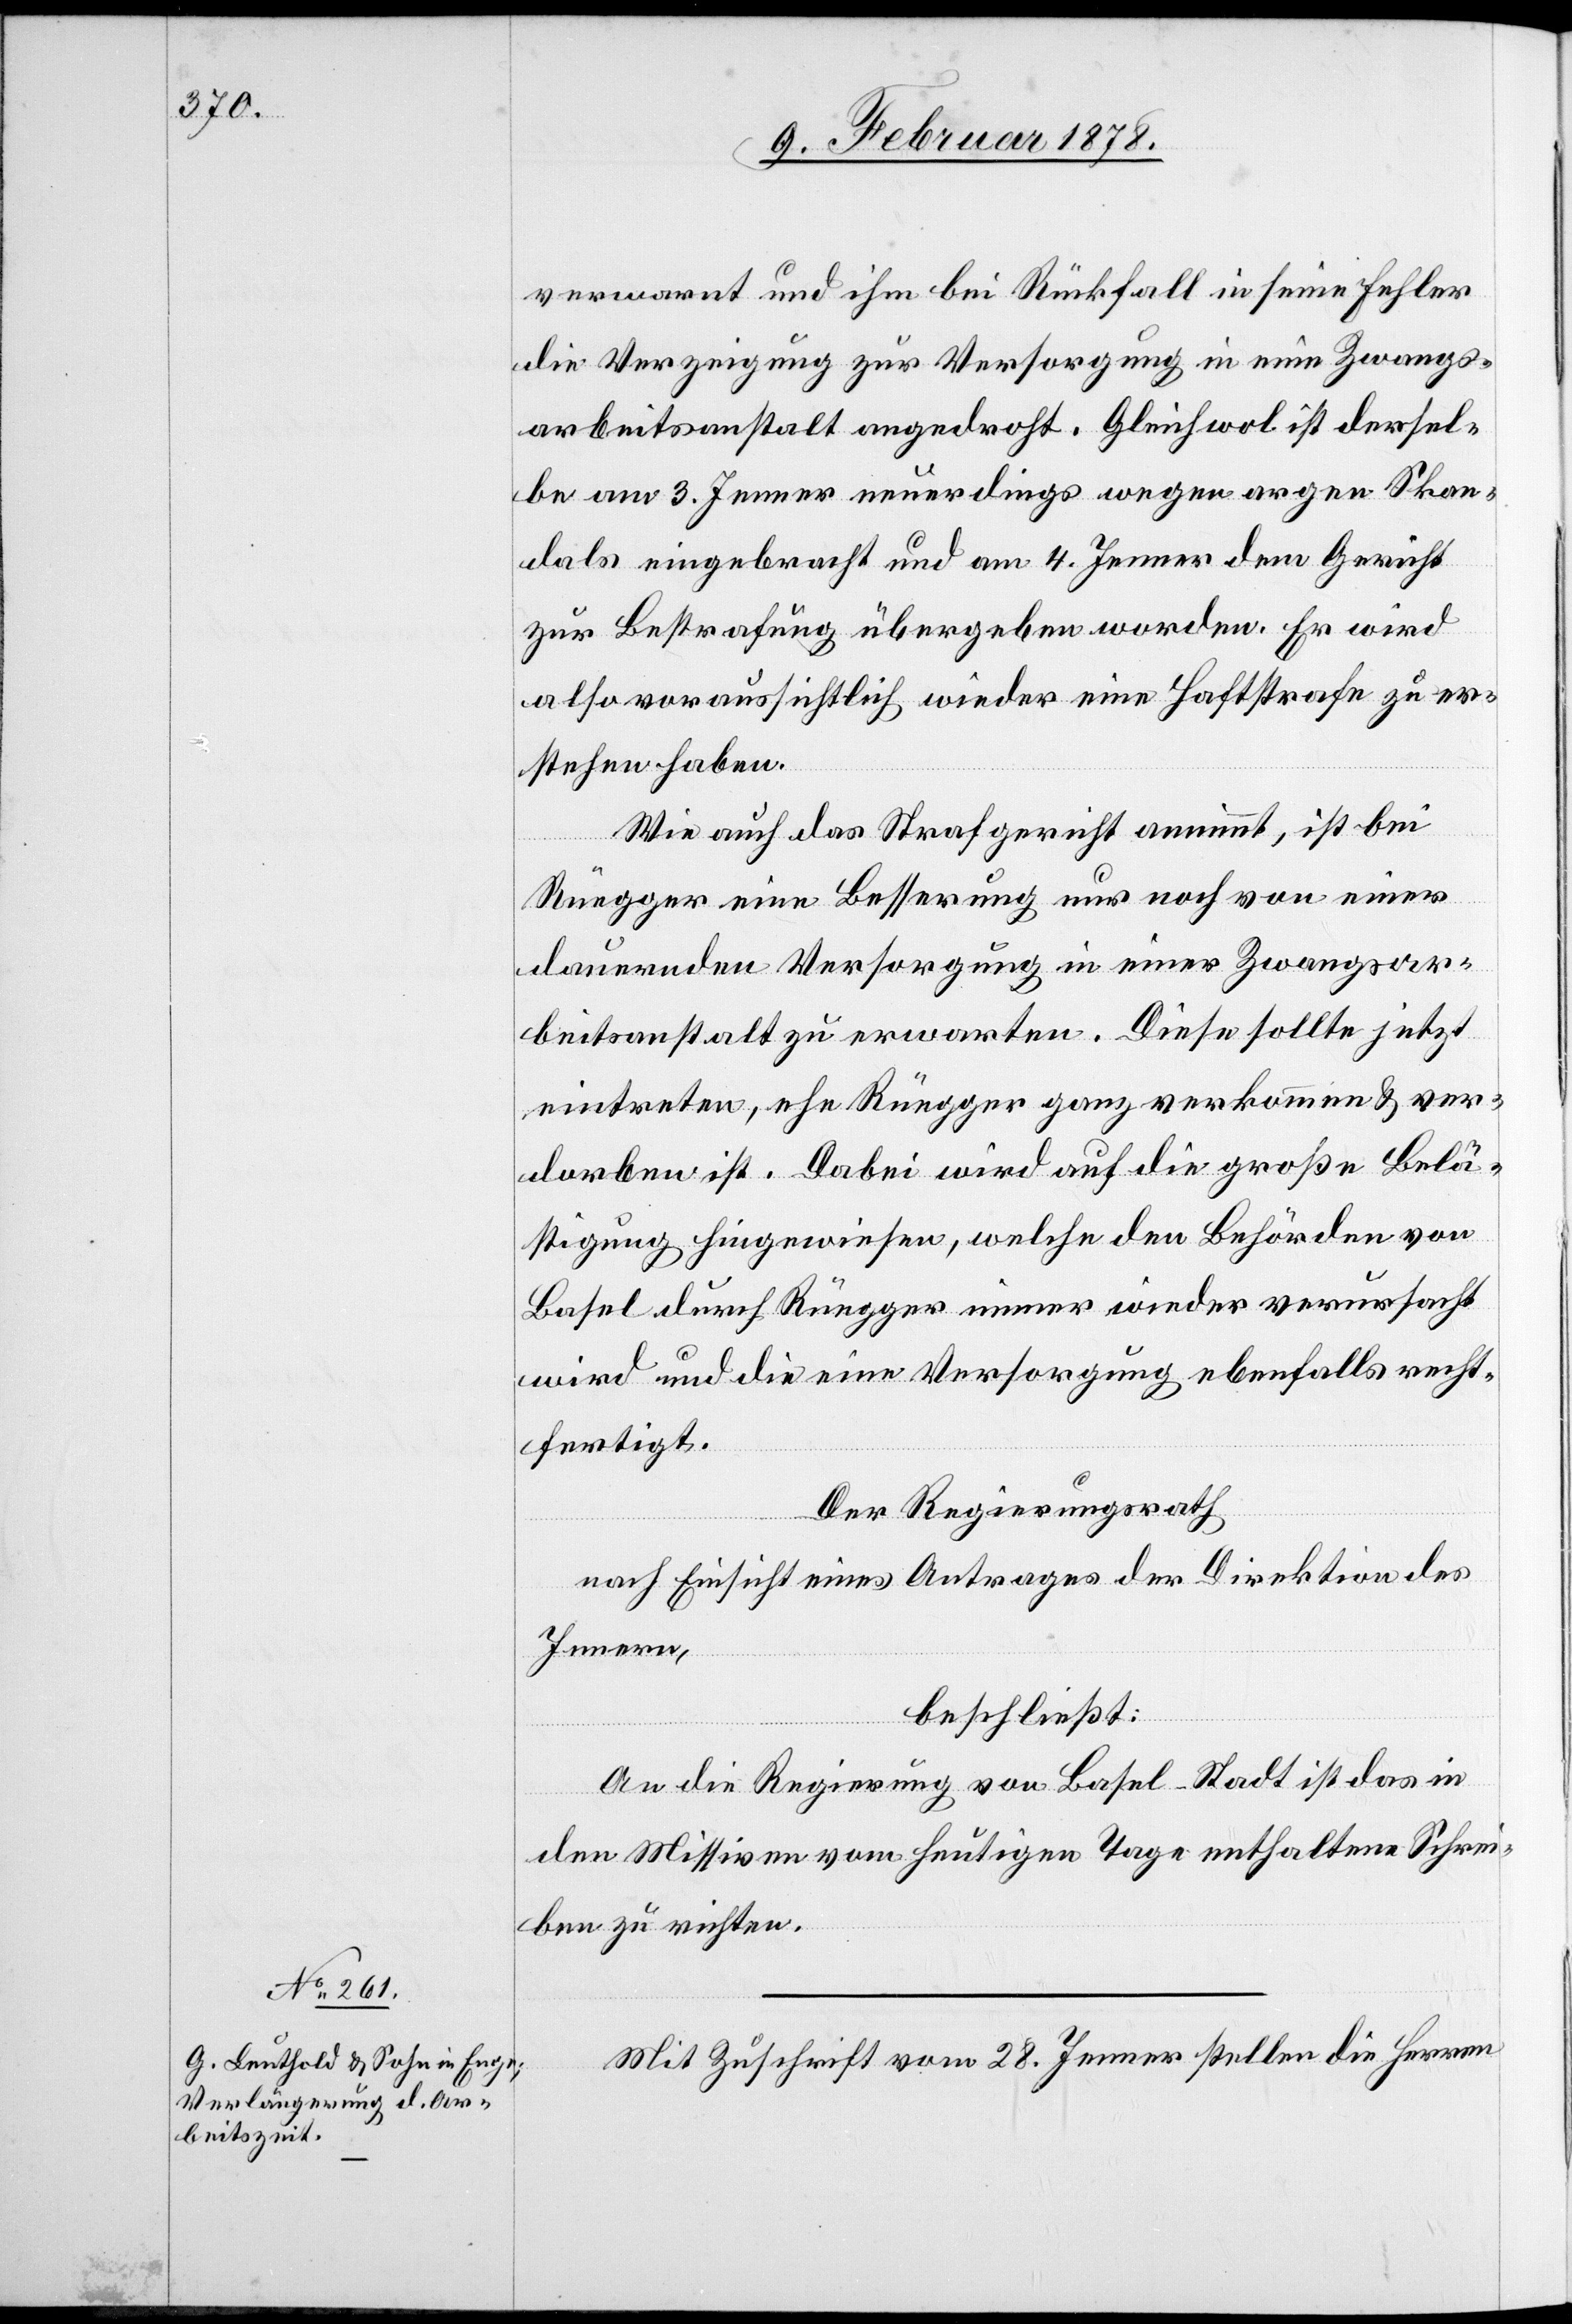
verwarnt und ihm bei Rückfall in seine Fehler
die Verzeigung zur Versorgung in eine Zwangs¬
arbeitsanstalt angedroht. Gleichwol ist dersel¬
be am 3. Jenner neuerdings wegen argen Skan¬
dals eingebracht und am 4. Jenner dem Gericht
zur Bestrafung übergeben worden. Er wird
also voraussichtlich wieder eine Haftstrafe zu er¬
stehen haben.
Wie auch das Strafgericht annimmt, ist bei
Rüegger eine Besserung nur noch von einer
dauernden Versorgung in einer Zwangsar¬
beitsanstalt zu erwarten. Diese sollte jetzt
eintreten, ehe Rüegger ganz verkommen & ver¬
dorben ist. Dabei wird auf die große Belä¬
stigung hingewiesen, welche den Behörden von
Basel durch Rüegger immer wieder verursacht
wird und die eine Versorgung ebenfalls recht¬
fertigt.
Der Regierungsrath
nach Einsicht eines Antrages der Direktion des
Innern,
beschließt:
An die Regierung von Basel-Stadt ist das in
den Missiven vom heutigen Tage enthaltene Schrei¬
ben zu richten.
Mit Zuschrift vom 28. Jenner stellen die Herren